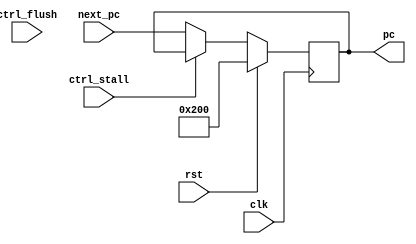
////////////////////////////////////////////////////////////////////////////////////////////////////
//==================================================================================================
//  Revision      : 0.1
//  Company       : Universidad Simn Bolvar
//
//  Description   : Program Counter
//==================================================================================================
////////////////////////////////////////////////////////////////////////////////////////////////////

module elbeth_pc_register(
	input						clk,
	input						rst,
	input						ctrl_stall,
	input 						ctrl_flush,
    input [31:0] 				next_pc,
    output reg [31:0]	 		pc
    );

	always @(posedge clk) begin
		pc <= (rst) ? 32'h200 : ((ctrl_stall) ? pc : next_pc);
	end

endmodule	//elbeth_pc_register